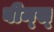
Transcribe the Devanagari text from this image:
बीम्‌स्‌